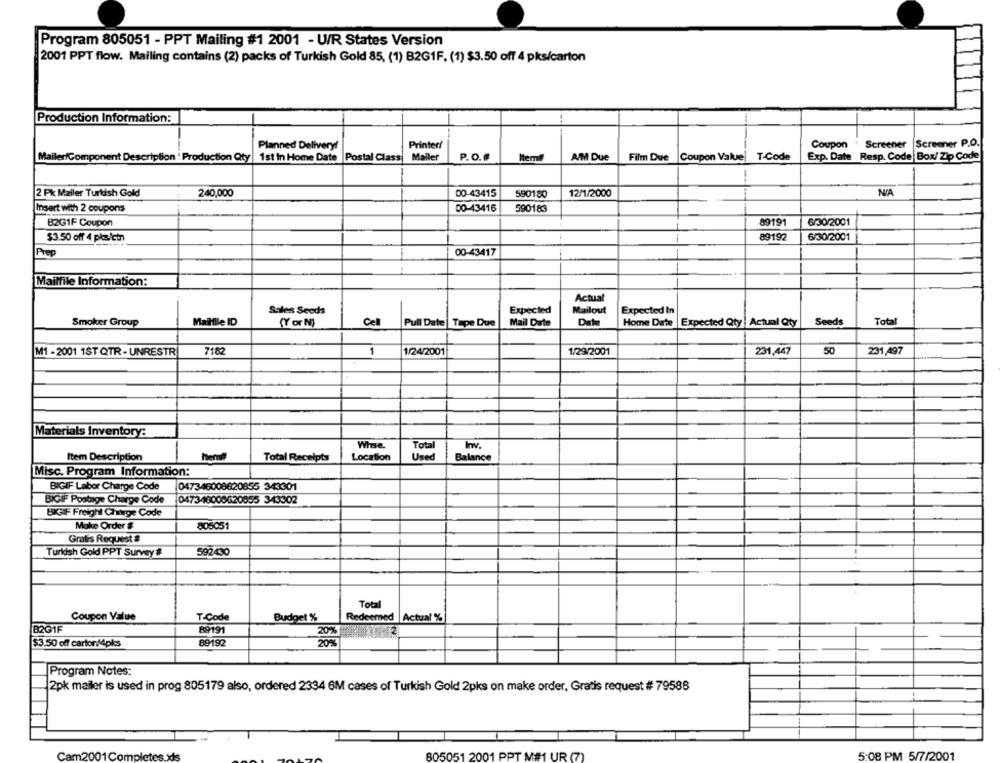
Program 805051 - PPT Mailing #1 2001 - U/R States Version
2001 PPT flow. Mailing contains (2) packs of Turkish Gold 85, (1) B2G1F. (1) $3.50 off 4 pks/carton
Production Information:
Planned Delivery!
Printer/
Coupon
Screener Screener P.O.
MailerComponent Description ! Production Qty |1st In Home Date |Postal Class Mailer
P.O.#
Item#
A/M Due
Film Due
Coupon Value T-Code
Exp. Date Resp. Code Box/ Zip Code
-
12/1/2000
NA
2 Pk Mailer Turkish Gold
240,000
00-43415
590180
Insert with 2 coupons
00-43416
590183
89191
6/30/2001
B2GIF Coupon
89192
6/30/2001
$3.50 off 4 plæ/ctn
Prep
00-43417
Mailfile Information:
Actual
Sales Seeds
Expected
Mailout
Expected In
Date
Seeds
Total
Smoker Group
Mailfile ID
(Y or N}
Cell
Pull Date| Tape Due
Mail Date
Home Date |Expected Qty |Actual Qty
M1 - 2001 1ST QTR - UNRESTR
7182
1
1/24/2001
1/29/2001
231,447
50
231,497
Materials Inventory:
Whse.
Total
Item Description
hend
Total Receipts
Location
Used
Balance
Misc. Program Information:
BIGIF Labor Charge Code
047346008620855 343301
BIGIF Postage Charge Code
047346008620855 343302
BIGGIF Freight Charge Code
Make Order #
805051
Gratis Request #
Turkish Gold PPT Survey #
592430
Total
Coupon Value
T.Code
Budget %
Redeemed Actual %
B201F
89191
89192
$3.50 off carton/4pks
20%
Program Notes:
2pk mailer is used in prog 805179 also, ordered 2334 6M cases of Turkish Gold 2pks on make order, Gratis request # 79588
Cam2001Com
805051 2001 PPT MI UR (7)
5:08 PM 5/7/2001